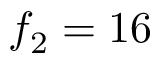
f _ { 2 } = 1 6